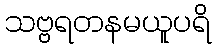
သဗ္ဗရတနမယူပရိ